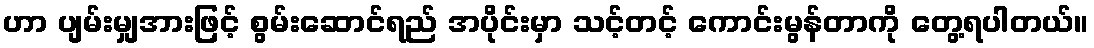
ဟာ ပျမ်းမျှအားဖြင့် စွမ်းဆောင်ရည် အပိုင်းမှာ သင့်တင့် ကောင်းမွန်တာကို တွေ့ရပါတယ်။